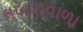
લખવાવાળા